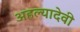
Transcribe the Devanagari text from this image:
अहल्यादेवी